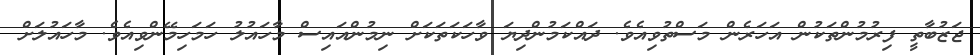
ޖަޒުބާތީ ފިރުމުންތަކުން އަހަރެން މަސްތުވިއެވެ. ދައްކަމުންދިޔަ ވާހަކަތަކަށް ނިމުންއައިސް މާހައުލު ހަމަހިމޭންވިއެވެ. މާހައުލަށް